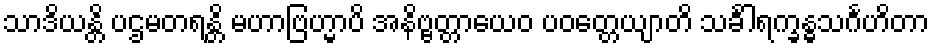
သာဒိယန္တိ ပဌမတရန္တိ မဟာဗြဟ္မာပိ အနိဗ္ဗတ္တာယေဝ ပဝတ္တေယျာတိ သင်္ခါရက္ခန္ဓသင်္ဂဟိတာ